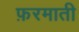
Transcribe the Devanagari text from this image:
फ़रमाती